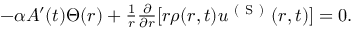
\begin{array} { r } { - \alpha A ^ { \prime } ( t ) \Theta ( r ) + \frac { 1 } { r } \frac { \partial } { \partial r } [ r \rho ( r , t ) u ^ { \mathrm { ~ ( ~ S ~ ) ~ } } ( r , t ) ] = 0 . } \end{array}